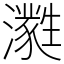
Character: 㶋